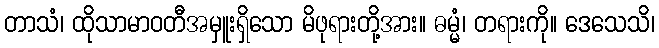
တာသံ၊ ထိုသာမာဝတီအမှူးရှိသော မိဖုရားတို့အား။ ဓမ္မံ၊ တရားကို။ ဒေသေသိ၊